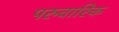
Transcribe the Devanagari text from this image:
परुवारिक